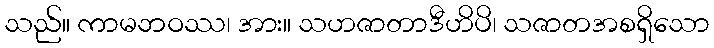
သည်။ ကာမဘဝဿ၊ အား။ သဟဇာတာဒီဟိပိ၊ သဇာတအစရှိသော